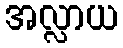
အလ္လာယ